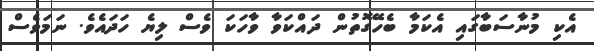
އެކި މުނާސަބާގައި އެކަމާ ބެހޭގޮތުން ދައްކަވާ ވާހަކަ ވެސް ލިޔެ ހަދައެވެ. ނަމަވެސް